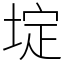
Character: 埞